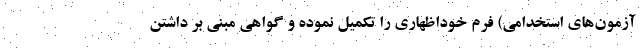
آزمون‌های استخدامی) فرم خوداظهاری را تکمیل نموده و گواهی مبنی بر داشتن